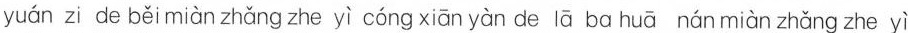
yuán zi de běi miàn zhǎng zhe yì cóng xiān yàn de lā ba huā nán miàn zhǎng zhe yì